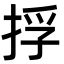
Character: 捊